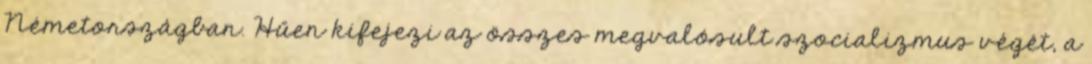
Németországban. Hűen kifejezi az összes megvalósult szocializmus végét, a